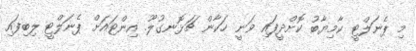
މި ޕެނަލްޓީ ކާމިޔާބު ކޮށްދީފައި ވަނީ ހަކާން ޗަޅޮނގުލޫ. އިންޓައަށް ޕެނަލްޓީ ލިބިފައި